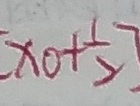
[ x _ { 0 } + \frac { 1 } { 2 } ]